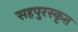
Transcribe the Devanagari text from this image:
सहपुरस्कृत